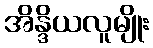
အိန္ဒိယလူမျိုး